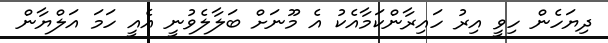
ދިޔަހެން ހިވީ އިރު ހައިރާންކަމާއެކު އެ މޫނަށް ބަލާލެވުނީ އެއީ ހަމަ އަލްޔާން